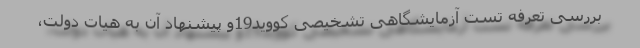
بررسی تعرفه تست آزمایشگاهی تشخیصی کووید19و پیشنهاد آن به هیات دولت،